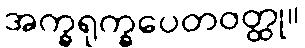
အက္ခရုက္ခပေတဝတ္ထု။